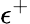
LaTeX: \epsilon^{+}